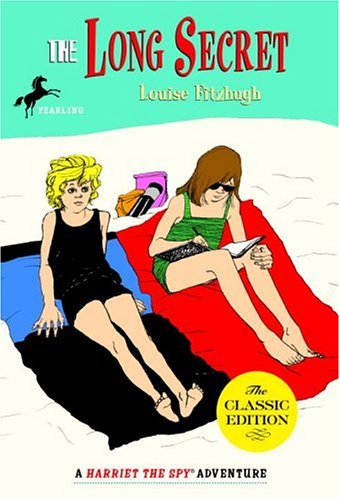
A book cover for The Long Secret (Harriet the Spy); Louise Fitzhugh; Religion & Spirituality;